Lunatic asylums Bombay report 1891-1903 - 1891-1903
Year: 1891
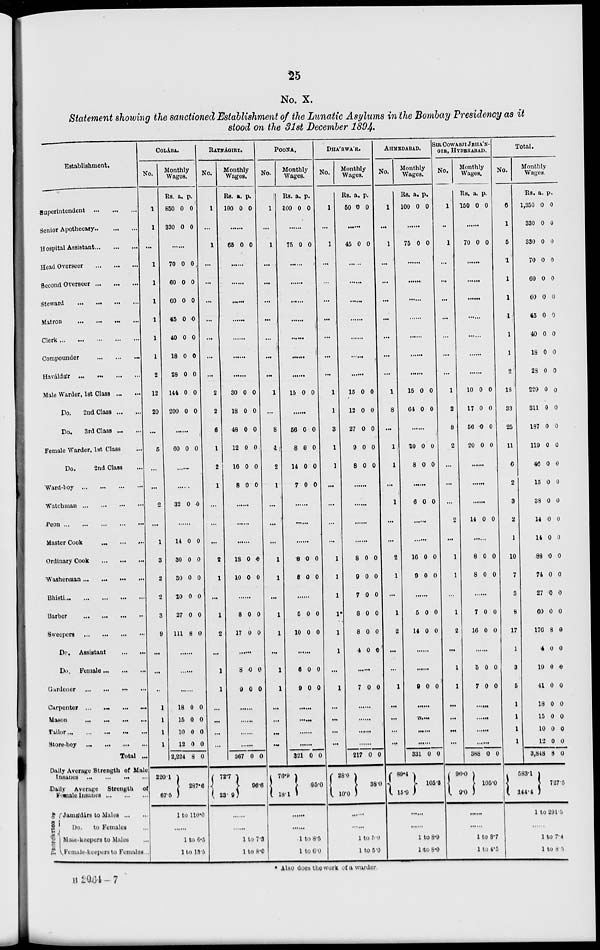
25
No. X.
Statement showing the sanctioned Establishment of the Lunatic Asylums in the Bombay Presidency as it
stood on the 31st December 1894.
Establishment.
Superintendent
...
...
...
Senior Apothecary ... ... ...
Hospital Assistant
...
...
Head Overseer
...
...
...
Second Overseer
...
...
...
Steward
...
...
...
...
Matron ... ... ... ...
Clerk
...
...
...
...
...
Compounder ... ... ...
Haváldár
...
...
...
...
Male Warder, 1st Class
...
...
Do.
2nd Class
...
...
Do.
3rd Class ... ...
Female Warder, 1st Class ...
Do.
2nd Class ...
Ward-boy
...
...
...
...
Watchman
...
...
...
...
Peon
...
...
...
...
...
Master Cook
...
...
...
Ordinary Cook
...
...
...
Washerman
...
...
...
...
Bhisti
...
...
...
...
...
Barber
...
...
...
...
Sweepers
...
...
...
...
Do.
Assistant
...
...
Do. Female
...
...
...
Gardener
...
...
...
...
Carpenter ...
...
...
...
Mason
...
...
...
...
Tailor ... ... ... ... ...
Store-boy ... ... ... ...
Total ...
Daily Average Strength of Male
Insanes
...
...
...
...
Daily Average
Strength of
Female Insanes
...
...
...
PROPORTION
OF
Jamádárs to Males ... ...
Do.
to Females ...
Male-keepers to Males ...
Female-keepers to Females ...
COLÁBA.
No.
1
1
...
1
1
1
1
1
1
2
12
20
...
5
...
...
2
...
1
3
2
2
3
9
...
...
...
1
1
1
1
Monthly
Wages.
Rs.
850
330
a.
0
0
p.
0
0
......
70
60
60
45
40
18
28
144
200
0
0
0
0
0
0
0
0
0
0
0
0
0
0
0
0
0
0
......
60 0 0
......
......
32 0 0
......
14
30
30
20
27
111
0
0
0
0
0
8
0
0
0
0
0
0
......
......
......
18
15
10
12
2,224
220.1
67.5
0
0
0
0
8
0
0
0
0
0
287.6
1 to 110.0
......
1 to 6.5
1 to 13.5
RATNÁGIRI.
No.
1
...
1
...
...
...
...
...
...
...
2
2
6
1
2
1
...
...
...
2
1
...
1
2
...
1
1
...
...
...
...
Monthly
Wages.
Rs.
100
a.
0
p.
0
......
65 0 0
......
......
......
......
......
......
......
30
18
48
12
16
8
0
0
0
0
0
0
0
0
0
0
0
0
......
......
......
18
10
0
0
0
0
......
8
17
0
0
0
0
......
8
9
0
0
0
0
......
......
......
......
367
72.7
23.9
0 0
96.6
......
......
1 to 7.3
1 to 8.0
POONA.
No.
1
...
1
...
...
...
...
...
...
...
1
...
8
1
2
1
...
...
...
1
1
...
1
1
...
1
1
...
...
...
...
Monthly
Wages.
Rs.
100
a.
0
p.
0
......
75 0 0
......
......
......
......
......
......
......
15 0 0
......
56
8
14
7
0
0
0
0
0
0
0
0
......
......
......
8
8
0
0
0
0
......
5
10
0
0
0
0
......
6
9
0
0
0
0
......
......
......
......
321
76.9
18.1
0 0
95.0
......
......
1 to 8.5
1 to 6.0
DHA'RWA'R.
No.
1
...
1
...
...
...
...
...
...
...
1
1
3
1
1
...
...
...
...
1
1
1
1*
1
1
...
1
...
...
...
...
Monthly
Wages.
Rs.
50
a.
0
p.
0
......
45 0 0
......
......
......
......
......
......
......
15
12
27
9
8
0
0
0
0
0
0
0
0
0
0
......
......
......
......
8
9
7
8
8
4
0
0
0
0
0
0
0
0
0
0
0
0
......
7 0 0
......
......
......
......
217
28.0
10.0
0 0
38.0
......
......
1 to 5.0
1 to 5.0
AHMEDABAD.
No.
1
...
1
...
...
...
...
...
...
...
1
8
...
1
1
...
1
...
...
2
1
...
1
2
...
...
1
...
...
...
...
Monthly
Wages.
Rs.
100
a.
0
p.
0
......
75 0 0
......
......
......
......
......
......
......
15
64
0
0
0
0
......
10
8
0
0
0
0
......
6 0 0
......
......
16
9
0
0
0
0
......
5
14
0
0
0
0
......
......
9 0 0
......
......
......
......
331
89.4
15.9
0 0
105.3
......
......
1 to 8.9
1 to 8.0
SIR COWASJI JEHA'N-
GIR, HYDERABAD.
No.
1
...
1
...
...
...
...
...
...
...
1
2
8
2
...
...
...
2
...
1
1
...
1
2
...
1
1
...
...
...
...
Monthly
Wages.
Rs.
150
a.
0
p.
0
......
70 0 3
......
......
......
......
......
......
......
10
17
56
20
0
0
0
0
0
0
0
0
......
......
......
14 0 0
......
8
8
0
0
0
0
......
7
16
0
0
0
0
......
5
7
0
0
0
0
......
......
......
......
388
96.0
9.0
0 0
105.0
......
......
1 to 8.7
1 to 4.5
Total.
No.
6
1
5
...
...
...
...
...
...
2
18
33
25
11
6
2
3
2
1
10
7
3
8
17
1
3
5
1
1
1
1
Monthly
Wages.
Rs.
1,350
330
330
70
60
60
45
40
18
28
229
311
187
119
46
15
38
14
14
88
74
27
60
176
4
19
41
18
15
10
12
3,848
583.1
144.4
a.
0
0
0
0
0
0
0
0
0
0
0
0
0
0
0
0
0
0
0
0
0
0
0
8
0
0
0
0
0
0
0
8
p.
0
0
0
0
0
0
0
0
0
0
0
0
0
0
0
0
0
0
0
0
0
0
0
0
0
0
0
0
0
0
0
0
727.5
1 to 291.5
......
1 to 7.4
1 to 8.5
* Also does the work of a warder
B 2064—7